Lunatic asylums Central Provinces reports 1895-1909 - 1895-1909
Year: 1895
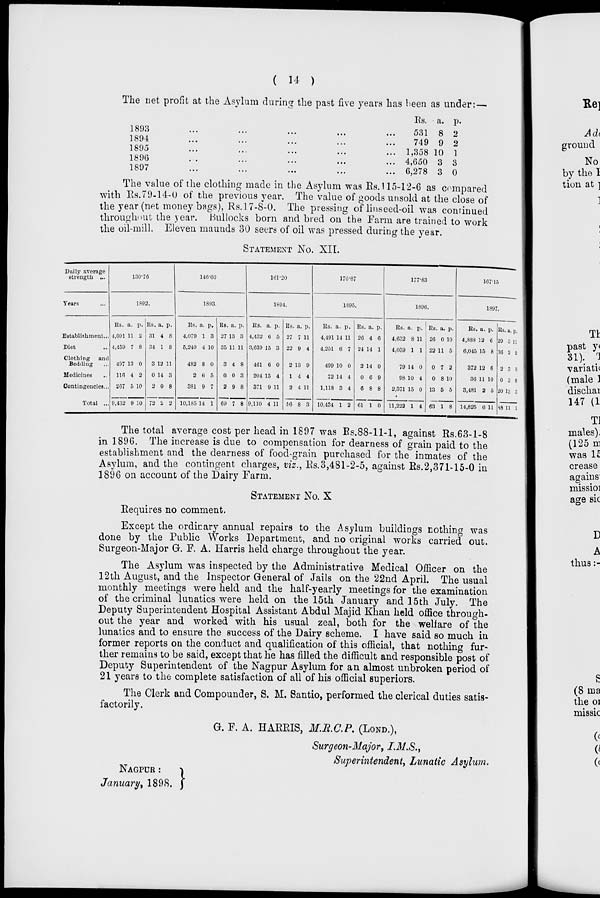
( 14 )
The net profit at the Asylum during the past five years has been as under: —
1893 ... ... ... ... ...
1894 ... ... ... ... ...
1895 ... ... ... ... ...
1896 ... ... ... ... ...
1897 ... ... ... ... ...
Rs.
531
749
1,358
4,650
6,278
a.
8
9
10
3
3
p.
2
2
1
3
0
The value of the clothing made in the Asylum was Rs. 115-12-6 as compared
with Rs.79-14-0 of the previous year. The value of goods unsold at the close of
the year (net money bags), Rs.17-8-0. The pressing of linseed-oil was continued
throughout the year. Bullocks born and bred on the Farm are trained to work
the oil-mill. Eleven maunds 30 seers of oil was pressed during the year.
STATEMENT No. XII.
Daily average
strength ...
Years ...
Establishment ...
Diet ...
Clothing and
Bedding ...
Medicines ...
Contingencies...
Total ...
130.76
1892.
Rs.
4,091
4,459
497
116
267
9,432
a.
11
7
13
4
5
9
p.
2
8
0
2
10
10
Rs.
31
34
3
0
2
72
a.
4
1
12
14
0
2
p.
8
8
11
3
8
2
146.60
1893.
Rs.
4,079
5,240
482
2
381
10,185
a.
1
4
8
6
9
14
p.
3
10
0
5
7
1
Rs.
27
35
3
0
2
69
a.
13
11
4
0
9
7
p.
3
11
8
3
8
8
161.20
1894.
Rs.
4,432
3,639
461
204
371
9,110
a.
6
15
6
15
9
4
p.
5
3
0
4
11
11
Rs.
27
22
2
1
2
56
a.
7
9
13
4
4
8
p.
11
4
9
4
11
3
170.87
1895.
Rs.
4,491
4,251
499
72
1,118
10,434
a.
14
6
10
14
3
1
p.
11
7
0
4
4
2
Rs.
26
24
2
0
6
61
a.
4
14
14
6
8
1
p.
6
1
0
9
8
0
177.83
1896.
Rs.
4,632
4,039
79
98
2,371
11,222
a.
8
1
14
10
15
1
p.
11
1
0
4
0
4
Rs.
26
22
0
0
13
63
a.
0
11
7
8
5
1
p.
10
5
2
10
5
8
167.15
1897.
Rs.
4,888
6,045
372
36
3,481
14,825
a.
12
15
12
11
2
6
p.
6
8
6
10
5
11
Rs.
29
36
2
0
20
88
a.
3
2
3
3
13
11
The total average cost per head in 1897 was Rs.88-11-1, against Rs.63-1-8
in 1896. The increase is due to compensation for dearness of grain paid to the
establishment and the dearness of food-grain purchased for the inmates of the
Asylum, and the contingent charges, viz., Rs.3,481-2-5, against Rs.2,371-15-0 in
1896 on account of the Dairy Farm.
STATEMENT No. X
Requires no comment.
Except the ordinary annual repairs to the Asylum buildings nothing was
done by the Public Works Department, and no original works carried out.
Surgeon-Major G. F. A. Harris held charge throughout the year.
The Asylum was inspected by the Administrative Medical Officer on the
12th August, and the Inspector General of Jails on the 22nd April. The usual
monthly meetings were held and the half-yearly meetings for the examination
of the criminal lunatics were held on the 15th January and 15th July. The
Deputy Superintendent Hospital Assistant Abdul Majid Khan held office through-
out the year and worked with his usual zeal, both for the welfare of the
lunatics and to ensure the success of the Dairy scheme. I have said so much in
former reports on the conduct and qualification of this official, that nothing fur-
ther remains to be said, except that he has filled the difficult and responsible post of
Deputy Superintendent of the Nagpur Asylum for an almost unbroken period of
21 years to the complete satisfaction of all of his official superiors.
The Clerk and Compounder, S. M. Santio, performed the clerical duties satis-
factorily.
G. F. A. HARRIS, M.R.C.P. (LOND.),
Surgeon-Major, I.M.S.,
Superintendent, Lunatic Asylum.
NAGPUR :
January, 1898.